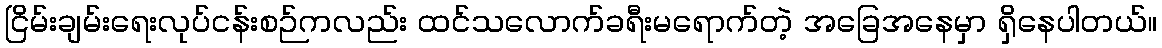
ငြိမ်းချမ်းရေးလုပ်ငန်းစဉ်ကလည်း ထင်သလောက်ခရီးမရောက်တဲ့ အခြေအနေမှာ ရှိနေပါတယ်။